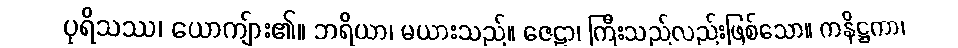
ပုရိသဿ၊ ယောကျ်ား၏။ ဘရိယာ၊ မယားသည်။ ဇေဠာ၊ ကြီးသည်လည်းဖြစ်သော။ ကနိဋ္ဌကာ၊